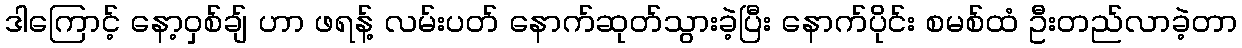
ဒါကြောင့် နော့ဝှစ်ချ် ဟာ ဖရန့် လမ်းပတ် နောက်ဆုတ်သွားခဲ့ပြီး နောက်ပိုင်း စမစ်ထံ ဦးတည်လာခဲ့တာ